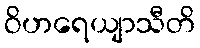
ဝိဟရေယျာသီတိ